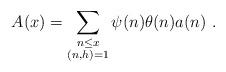
LaTeX: \begin{align*}A(x)= \sum_{\substack{n\le x\\(n,h)=1}}\psi(n)\theta(n)a(n)\ .\end{align*}